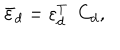
{ \bar { \varepsilon } _ { d } } = \varepsilon _ { d } ^ { T } \ \ C _ { d } ,